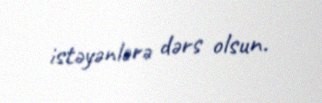
istəyənlərə dərs olsun.